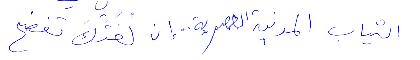
الثياب المدنية العصرية... ان لتك تفضح